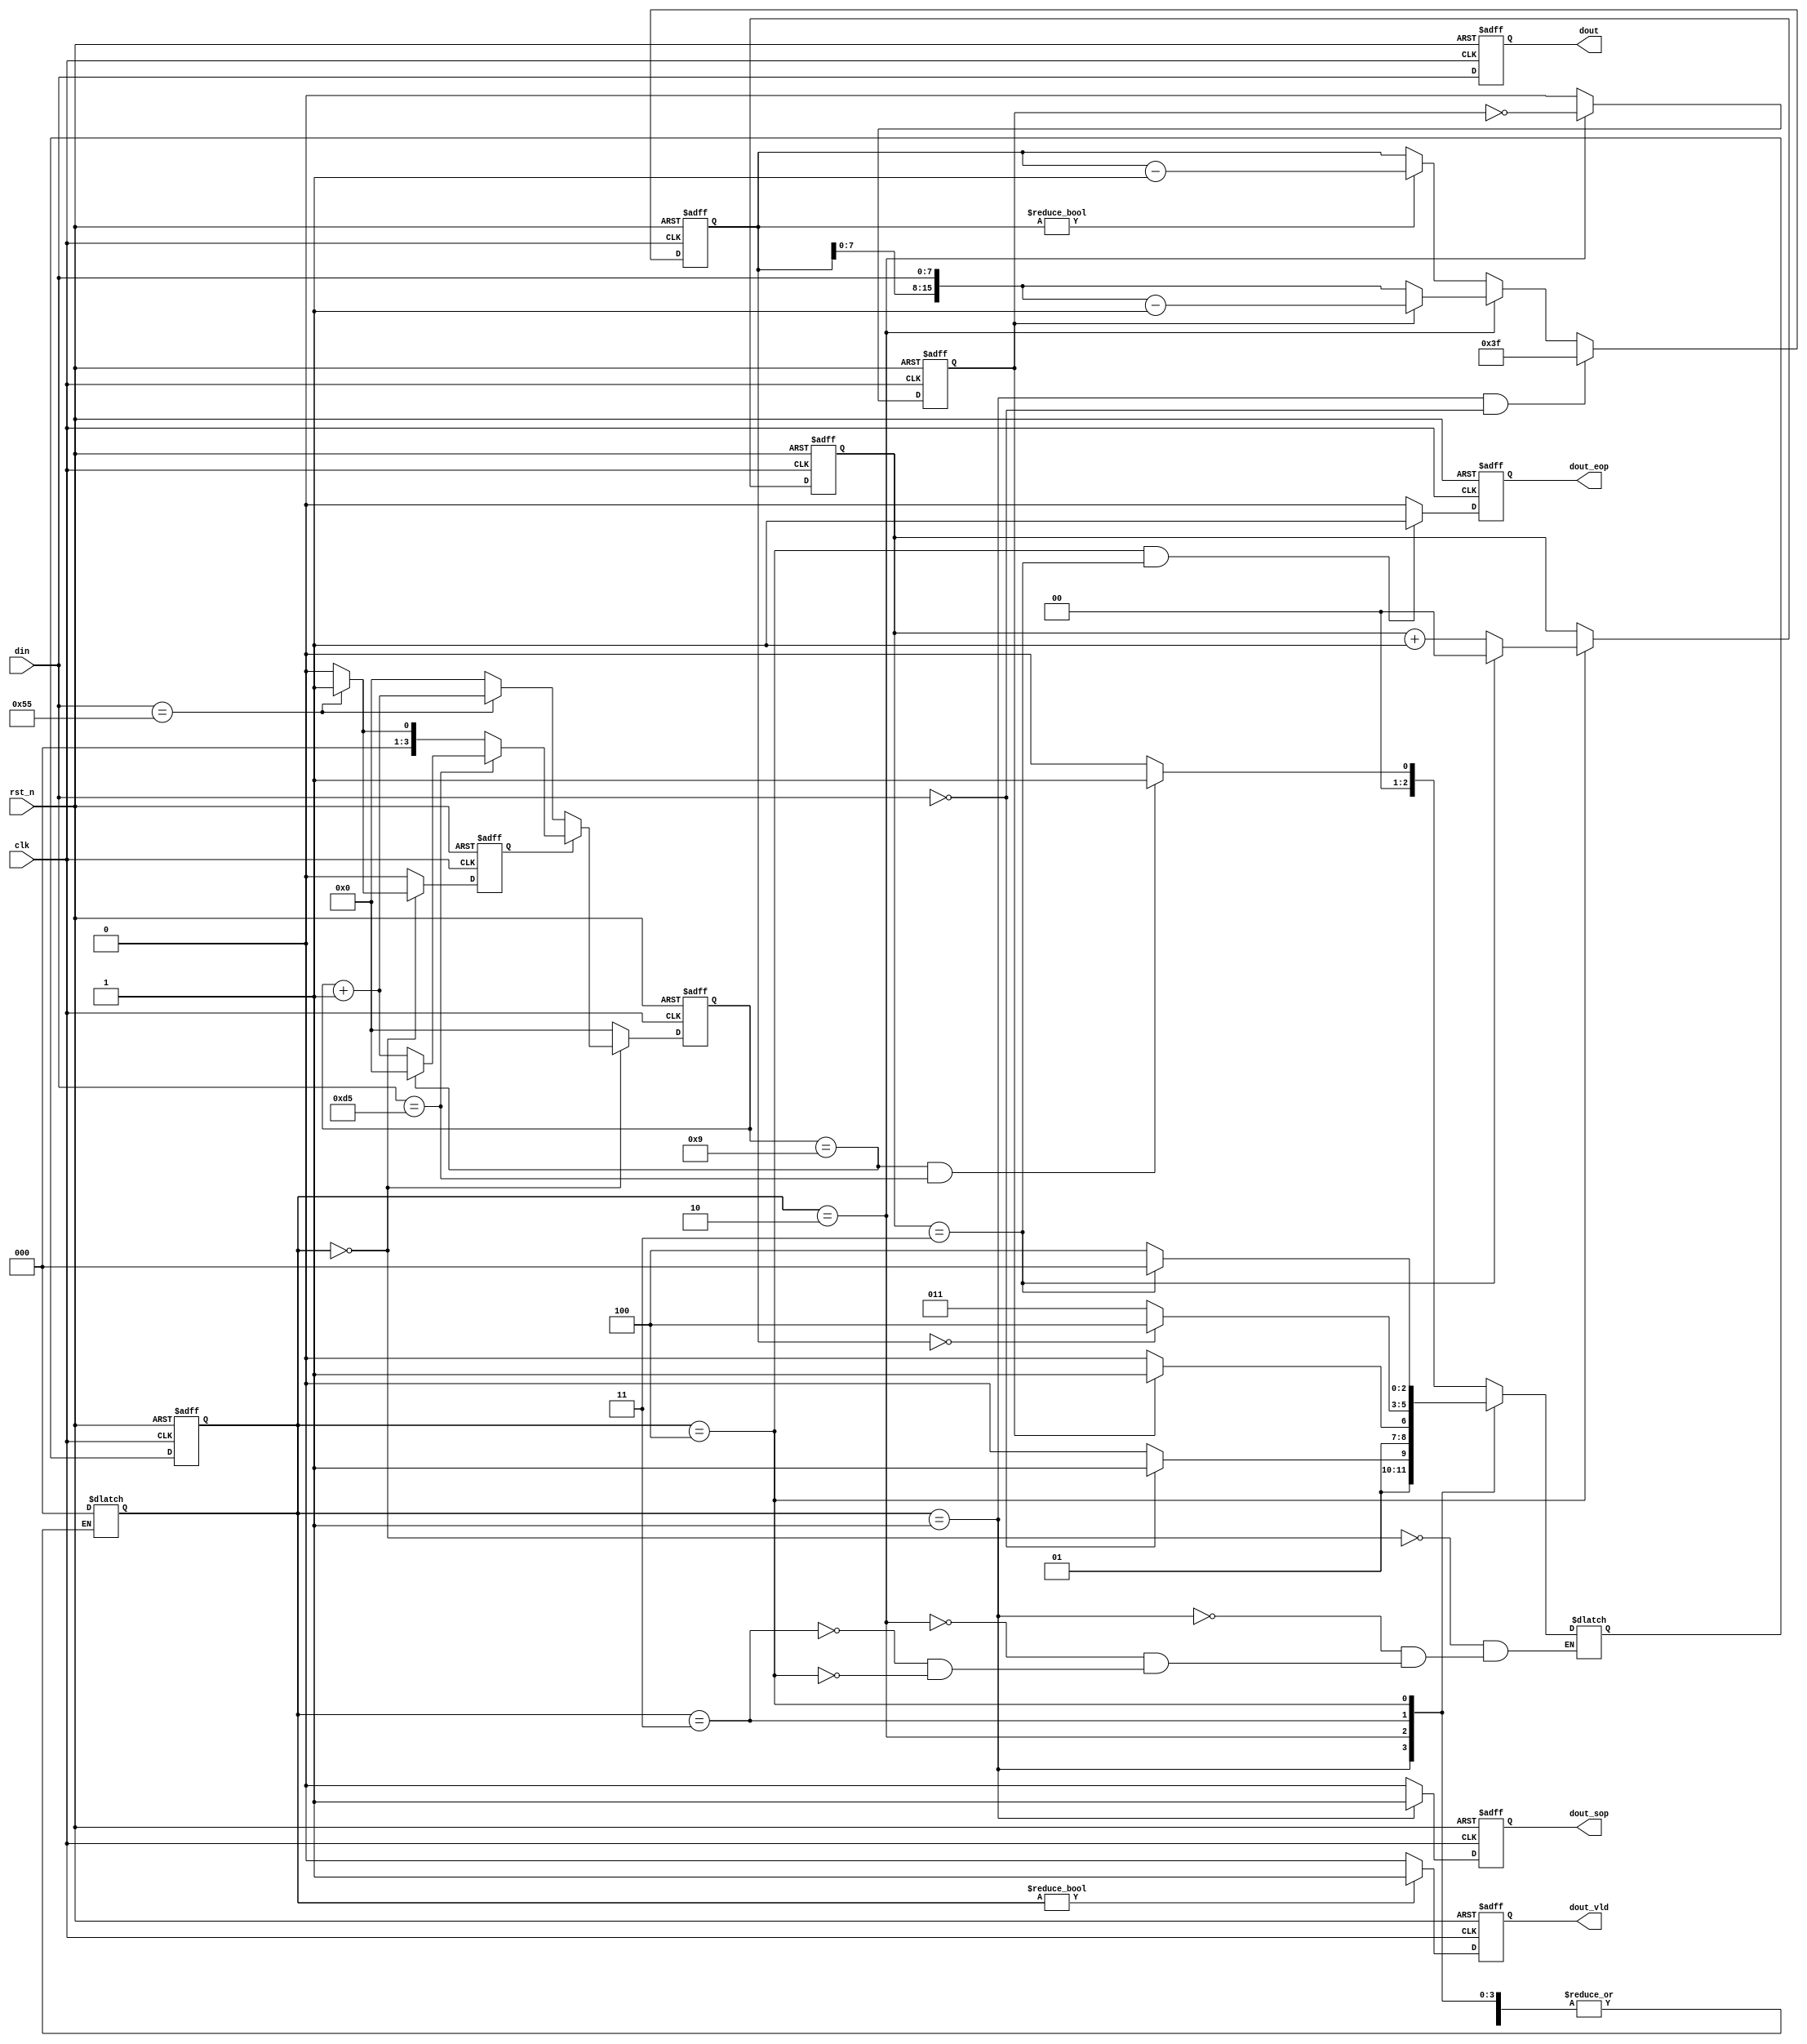
`define   SIMPLE

`ifdef  SIMPLE

module pkt_check(
    clk     ,
    rst_n   ,
    din     ,
    dout_vld,
    dout    ,
    dout_sop,
    dout_eop
         
    );

    //
    parameter      DATA_W = 8;

    parameter      HEAD   = 0;
    parameter      TYPE   = 1;
    parameter      LEN    = 2;
    parameter      DATA   = 3;
    parameter      FCS    = 4;
    parameter      CTRL_PKT_LEN=64;
    //
    input               clk    ;
    input               rst_n  ;
    input [DATA_W-1:0]  din    ;

    //
    output[DATA_W-1:0]  dout    ;
    output              dout_sop;
    output              dout_eop;
    output              dout_vld;

    //reg
    reg   [DATA_W-1:0]  dout    ;
    reg                 dout_sop;
    reg                 dout_eop;
    reg                 dout_vld;

    reg [ 2:0]          state_c;
    reg [ 2:0]          state_n;
    reg [ 3:0]          head_cnt;
    reg                 head_flag;
    reg[15:0]           data_cnt;
    reg                 len_cnt;
    reg[1:0]            fcs_cnt;

    always@(posedge clk or negedge rst_n)begin
        if(rst_n==1'b0)begin
            state_c <= HEAD;
        end
        else begin
            state_c <= state_n;
        end
    end

    always  @(*)begin
        case(state_c)
            HEAD  :begin
                       if(head_cnt==9 && din==8'hd5)begin
                           state_n = TYPE;
                       end
                       else begin
                           state_n = HEAD;
                       end
                   end
            TYPE  :begin
                      if(din==0)begin
                          state_n = DATA ;
                      end
                      else begin
                          state_n = LEN;
                      end
                   end
            LEN   :begin
                       if(len_cnt==1)begin
                           state_n = DATA;
                       end
                       else begin
                           state_n = LEN;
                       end
                   end
            DATA  :begin
                       if(data_cnt==0)begin
                           state_n = FCS;
                       end
                       else begin
                           state_n = DATA;
                       end
                   end                     
            FCS   :begin                              
                       if(fcs_cnt==3)begin
                           state_n = HEAD;
                       end
                       else begin
                           state_n = FCS;
                       end
                   end
            default: state_c = HEAD;
        endcase
    end


    always  @(posedge clk or negedge rst_n)begin
        if(rst_n==1'b0)begin
            head_cnt <= 0;
        end
        else if(state_c==HEAD) begin
            if(head_flag==0) begin
                if(din==8'h55)begin
                    head_cnt <= head_cnt + 1;
                end
                else begin
                    head_cnt <= 0;
                end
            end
            else if(head_flag==1)begin
                if(din==8'hd5)begin
                    if(head_cnt==9)begin
                        head_cnt <= 0;
                    end
                    else begin
                        head_cnt <= head_cnt + 1; 
                    end
                end
                else if(din==8'h55) begin
                    head_cnt <= 1;
                end
                else begin
                    head_cnt <= 0;
                end
            end
        end
        else begin
                head_cnt <= 0;
        end
    end

    always  @(posedge clk or negedge rst_n)begin
        if(rst_n==1'b0)begin
            head_flag <= 1'b0;
        end
        else if(state_c==HEAD) begin
            if(head_flag==1'b0)begin
                if(din==8'h55)
                    head_flag <= 1'b1;
            end
            else begin
                if(din==8'h55)begin
                    head_flag <= 1'b1;
                end
                else begin
                    head_flag <= 1'b0;
                end
            end
        end
        else begin
            head_flag <= 1'b0;
        end
    end


    always  @(posedge clk or negedge rst_n)begin
        if(rst_n==1'b0)begin
            data_cnt <= 0;
        end
        else if(state_c==TYPE && din==0) begin
            data_cnt <= CTRL_PKT_LEN-1;
        end
        else if(state_c==LEN)begin
            if(len_cnt==0)begin
                data_cnt <= {data_cnt[7:0],din};
            end
            else begin
                 data_cnt <= {data_cnt[7:0],din}-1;
            end
        end
        else if(data_cnt!=0)begin
            data_cnt <= data_cnt - 1;
        end
    end

    always  @(posedge clk or negedge rst_n)begin
        if(rst_n==1'b0)begin
            len_cnt <= 1'b0;
        end
        else if(state_c==LEN) begin
            len_cnt <= ~ len_cnt;
        end
        else begin
            len_cnt <= 1'b0;
        end
    end


    always  @(posedge clk or negedge rst_n)begin
        if(rst_n==1'b0)begin
            fcs_cnt <= 0;
        end
        else if(state_c==FCS)begin
            if(fcs_cnt==3)
                fcs_cnt <= 0;
            else
                fcs_cnt <= fcs_cnt + 1;
        end
    end

    always  @(posedge clk or negedge rst_n)begin
        if(rst_n==1'b0)begin
            dout <= 0;
        end
        else begin
            dout <= din;
        end
    end

    always  @(posedge clk or negedge rst_n)begin
        if(rst_n==1'b0)begin
            dout_vld <= 1'b0;
        end
        else if(state_c != HEAD) begin
            dout_vld <= 1'b1;
        end
        else begin
            dout_vld <= 1'b0;
        end
    end

    always  @(posedge clk or negedge rst_n)begin
        if(rst_n==1'b0)begin
            dout_sop <= 1'b0;
        end
        else if(state_c==TYPE) begin
            dout_sop <= 1'b1;
        end
        else begin
            dout_sop <= 1'b0;
        end
    end

    always  @(posedge clk or negedge rst_n)begin
        if(rst_n==1'b0)begin
            dout_eop <= 1'b0;
        end
        else if(state_c==FCS && fcs_cnt==3) begin
            dout_eop <= 1'b1;
        end
        else begin
            dout_eop <= 1'b0;
        end
    end


endmodule



`else

module pkt_check(
    clk     ,
    rst_n   ,
    din     ,
    dout_vld,
    dout    ,
    dout_sop,
    dout_eop
         
    );

    //
    parameter      DATA_W = 8;

    parameter      HEAD   = 0;
    parameter      TYPE   = 1;
    parameter      LEN    = 2;
    parameter      DATA   = 3;
    parameter      FCS    = 4;
    parameter      CTRL_PKT_LEN=64;
    //
    input               clk    ;
    input               rst_n  ;
    input [DATA_W-1:0]  din    ;

    //
    output[DATA_W-1:0]  dout    ;
    output              dout_sop;
    output              dout_eop;
    output              dout_vld;

    //reg
    reg   [DATA_W-1:0]  dout    ;
    reg                 dout_sop;
    reg                 dout_eop;
    reg                 dout_vld;

    reg [ 2:0]          state_c;
    reg [ 2:0]          state_n;
    reg [ 3:0]          head_cnt;
    wire                add_head_cnt;
    wire                end_head_cnt;
    wire                get_55      ;
    reg                 head_flag;
    reg[15:0]           data_len ;
    reg[15:0]           x        ;
    reg[15:0]           cnt;
    wire                add_cnt;
    wire                end_cnt;
    wire                head2type_start;
    wire                type2len_start;
    wire                type2data_start;
    wire                len2data_start ;
    wire                data2fcs_start;
    wire                fcs2head_start;


    always@(posedge clk or negedge rst_n)begin
        if(rst_n==1'b0)begin
            state_c <= HEAD;
        end
        else begin
            state_c <= state_n;
        end
    end

    always  @(*)begin
        case(state_c)
            HEAD  :begin
                       if(head2type_start)begin
                           state_n = TYPE;
                       end
                       else begin
                           state_n = state_c;
                       end
                   end
            TYPE  :begin
                      if(type2data_start)begin
                          state_n = DATA ;
                      end
                      else if(type2len_start) begin
                          state_n = LEN;
                      end
                      else begin
                          state_n = state_c;
                      end
                   end
            LEN   :begin
                       if(len2data_start)begin
                           state_n = DATA;
                       end
                       else begin
                           state_n = state_c;
                       end
                   end
            DATA  :begin
                       if(data2fcs_start)begin
                           state_n = FCS;
                       end
                       else begin
                           state_n = state_c;
                       end
                   end                     
            FCS   :begin                              
                       if(fcs2head_start)begin
                           state_n = HEAD;
                       end
                       else begin
                           state_n = state_c;
                       end
                   end
            default: state_c = HEAD;
        endcase
    end

    assign  head2type_start = state_c==HEAD && end_head_cnt;
    assign  type2len_start  = state_c==TYPE && din!=0;
    assign  type2data_start = state_c==TYPE && din==0;
    assign  len2data_start  = state_c==LEN  && end_cnt;
    assign  data2fcs_start  = state_c==DATA && end_cnt;
    assign  fcs2head_start  = state_c==FCS  && end_cnt;
    

    always @(posedge clk or negedge rst_n)begin
        if(!rst_n)begin
            head_cnt <= 0;
        end
        else if(add_head_cnt)begin
            if(end_head_cnt)
                head_cnt <= 0;
            else
                head_cnt <= head_cnt + 1;
        end
        else if(get_55)begin
            head_cnt <= 1;
        end
        else begin
            head_cnt <= 0;
        end
    end

    assign add_head_cnt = (head_flag==0 && din==8'h55) || (head_flag && din==8'hd5);       
    assign end_head_cnt = add_head_cnt && head_cnt==10-1 ;
    assign get_55       = din==8'h55;   


    always  @(posedge clk or negedge rst_n)begin
        if(rst_n==1'b0)begin
            head_flag <= 1'b0;
        end
        else if(state_c==HEAD && din==8'h55) begin
            head_flag <= 1'b1;
        end
        else begin
            head_flag <= 1'b0;
        end
    end

    always @(posedge clk or negedge rst_n)begin
        if(!rst_n)begin
            cnt <= 0;
        end
        else if(add_cnt)begin
            if(end_cnt)
                cnt <= 0;
            else
                cnt <= cnt + 1;
        end
    end

    assign add_cnt = state_c==LEN || state_c==DATA || state_c==FCS;       
    assign end_cnt = add_cnt && cnt==x-1 ;

    always  @(*)begin
        if(state_c==LEN)
            x = 2;
        else if(state_c==DATA)
            x = data_len;
        else
            x = 4;
    end

    always  @(posedge clk or negedge rst_n)begin
        if(rst_n==1'b0)begin
            data_len <= 0;
        end
        else if(type2data_start) begin
            data_len <= 64;
        end
        else if(state_c==LEN)begin
            data_len[(2-cnt)*8-1 -:8] <= din;
        end
    end


    always  @(posedge clk or negedge rst_n)begin
        if(rst_n==1'b0)begin
            dout <= 0;
        end
        else begin
            dout <= din;
        end
    end

    always  @(posedge clk or negedge rst_n)begin
        if(rst_n==1'b0)begin
            dout_vld <= 1'b0;
        end
        else if(state_c != HEAD) begin
            dout_vld <= 1'b1;
        end
        else begin
            dout_vld <= 1'b0;
        end
    end

    always  @(posedge clk or negedge rst_n)begin
        if(rst_n==1'b0)begin
            dout_sop <= 1'b0;
        end
        else if(state_c==TYPE) begin
            dout_sop <= 1'b1;
        end
        else begin
            dout_sop <= 1'b0;
        end
    end

    always  @(posedge clk or negedge rst_n)begin
        if(rst_n==1'b0)begin
            dout_eop <= 1'b0;
        end
        else if(fcs2head_start) begin
            dout_eop <= 1'b1;
        end
        else begin
            dout_eop <= 1'b0;
        end
    end


endmodule





`endif